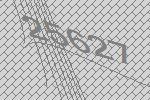
25627